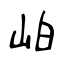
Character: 岶